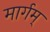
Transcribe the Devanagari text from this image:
मार्गम्‌